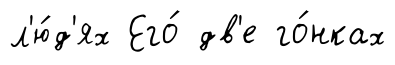
л'ю́д'ях Его́ дв'е го́нках